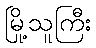
မြို့သူကြီး